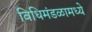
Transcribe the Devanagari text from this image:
विधिमंडळामध्‍ये